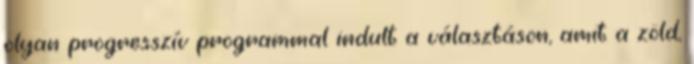
olyan progresszív programmal indult a választáson, amit a zöld,